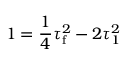
1 = \frac { 1 } { 4 } \tau _ { \mathrm { f } } ^ { 2 } - 2 \tau _ { 1 } ^ { 2 }